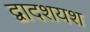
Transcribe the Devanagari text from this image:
द्वादशयश